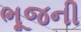
ભૂજની